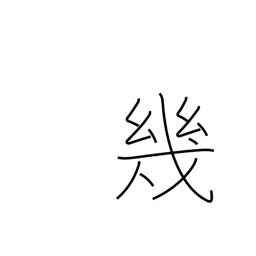
Meaning: several